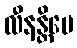
လီနန္တိပေ